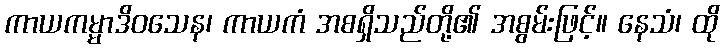
ကာယကမ္မာဒိဝသေန၊ ကာယကံ အစရှိသည်တို့၏ အစွမ်းဖြင့်။ နေသံ၊ ထို